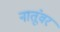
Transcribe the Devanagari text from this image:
नातूंवर